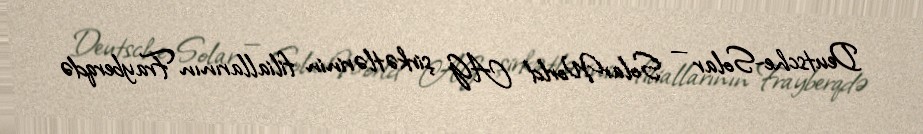
Deutsche-Solar — SolarWorld AG şirkətlərinin filiallarının Frayberqdə